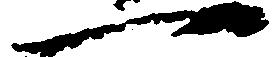
一